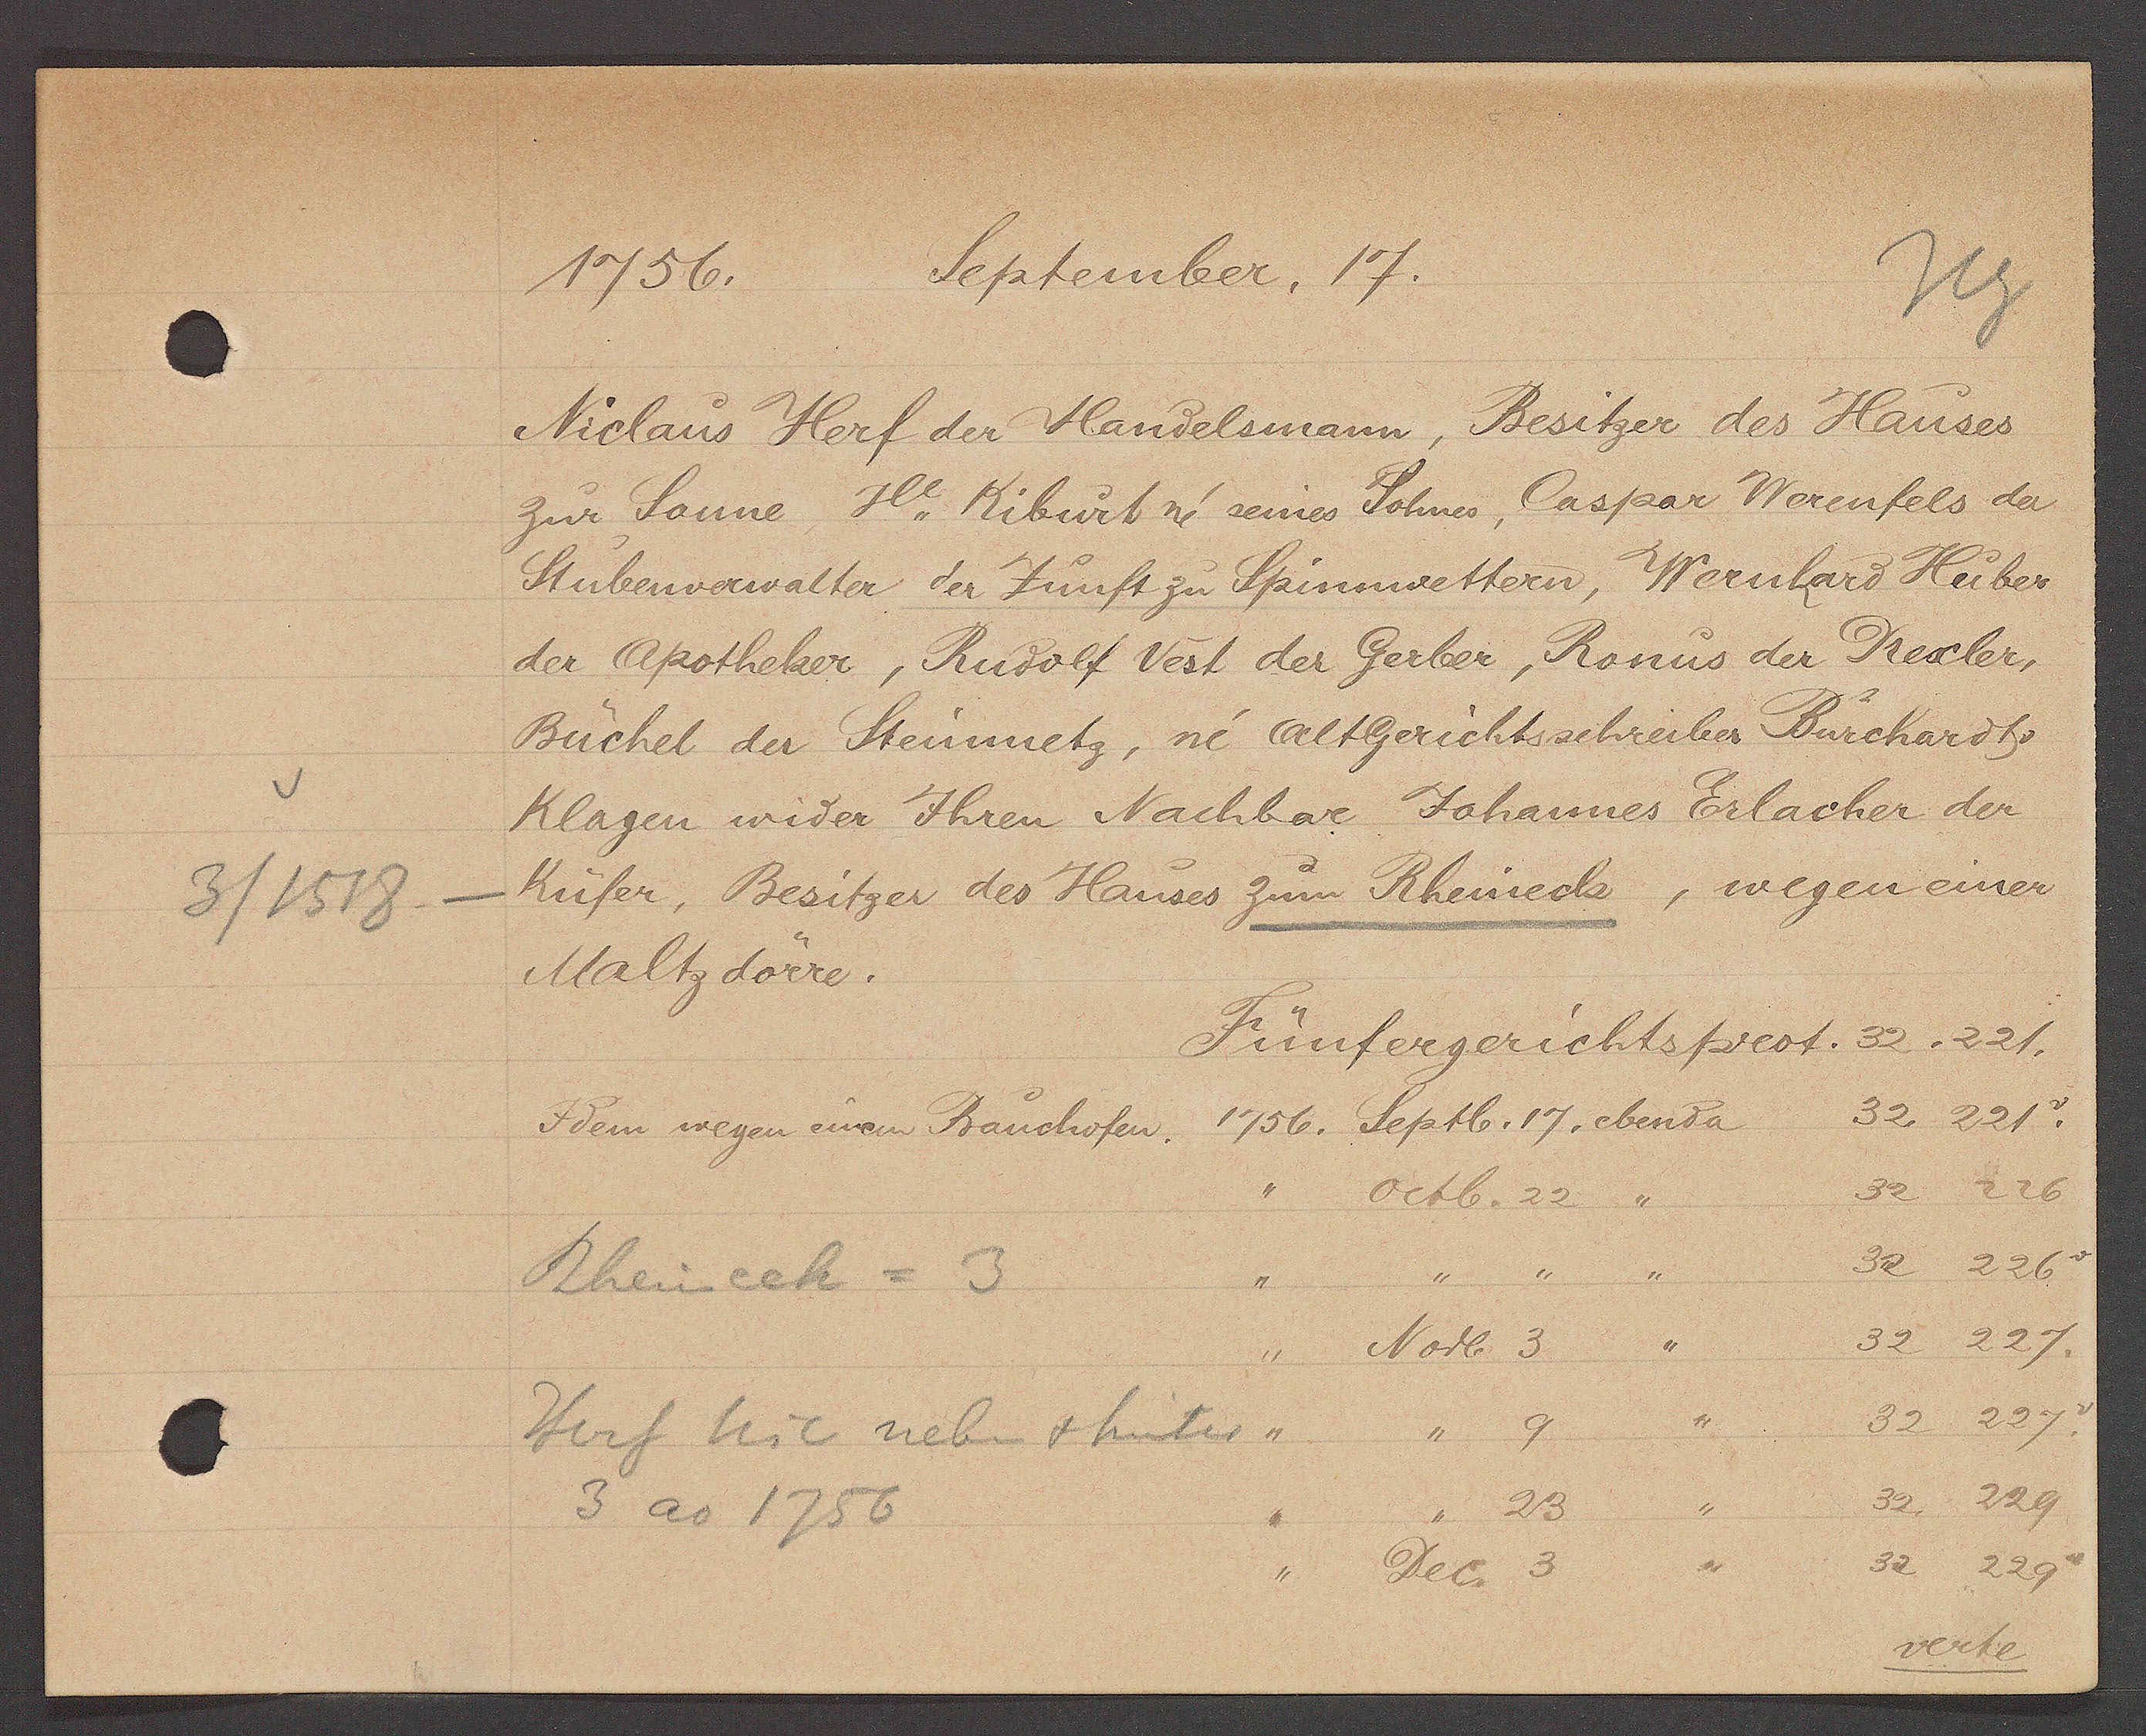
Transcript:
1756. September. 17.
Niclaus Herf der Handelsmann, Besitzer des Hauses
zur Sonne, Ħ. Kiburt ni seines Sohnes, Caspar Werenfels der
Stubenverwalter der Zunft zu Spinnwettern, Wernhard Huber
der Apotheker, Rudolf Vest der Gerber, Ronus der Trexler,
Büchel der Steinmetz, ni Altgerichtsschreiber Buchardts.
Klagen wider Ihren Nachbar Johannes Erlacher der
Küfer, Besitzer des Hauses zum Rheineck, wegen einer
Maltz dörre.
Fünfergerichtsprot. 32 . 221.
1756. Septb. 17 ebenda 32 . 221. v
Idem wegen einem Rauchofen
" Octb. 22 " 32 226
Rheinech = 3
" " " " 32 226 v
" Novb. 3 " 32 227.
" " 9 " 32 227. v
Herf teil neben & hinter
3 ao 1756
" " 23 " 32. 229
" Dec. 3 " 32 229 v
verte

3 / 1518